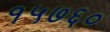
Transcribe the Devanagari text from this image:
१५७६०